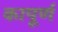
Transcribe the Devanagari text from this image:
कापूर्ण